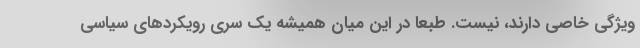
ویژگی خاصی دارند، نیست. طبعا در این میان همیشه یک سری رویکردهای سیاسی